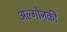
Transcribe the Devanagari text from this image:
अल्गोनकी